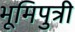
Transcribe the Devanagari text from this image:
भूमिपुत्री